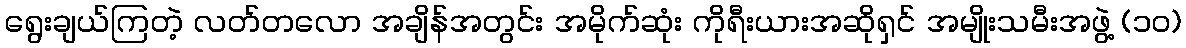
ရွေးချယ်ကြတဲ့ လတ်တလော အချိန်အတွင်း အမိုက်ဆုံး ကိုရီးယားအဆိုရှင် အမျိုးသမီးအဖွဲ့ (၁၀)